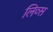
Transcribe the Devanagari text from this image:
लिव्स